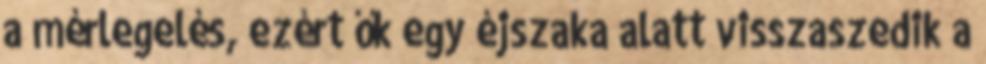
a mérlegelés, ezért ők egy éjszaka alatt visszaszedik a